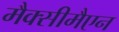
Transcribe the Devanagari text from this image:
मैक्सीमैएन